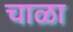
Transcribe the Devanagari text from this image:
चाळा